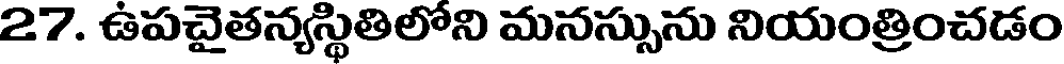
27. ఉపచైతన్యస్థితిలోని మనస్సును నియంత్రించడం